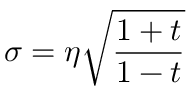
\sigma = \eta \sqrt { \frac { 1 + t } { 1 - t } }